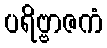
ပရိဗ္ဗာဇကံ